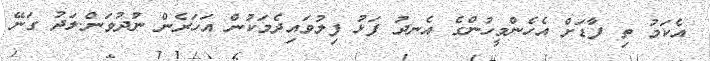
އެކަމު ތި ފާޑަށް އެހެންމީހުންގެ އެނދު ފަޅު ފިލުވައިދެމަކުން އަހަރެން ނުދުވަން.ލަދު ގަނޭ